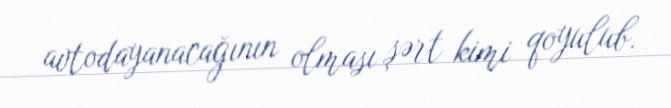
avtodayanacağının olması şərt kimi qoyulub.